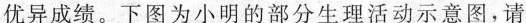
优异成绩。下图为小明的部分生理活动示意图，请